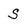
Character: S